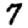
Digit: 7